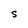
Character: s